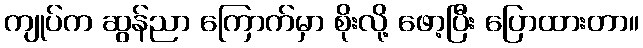
ကျုပ်က ဆွန်ညာ ကြောက်မှာ စိုးလို့ ဖော့ပြီး ပြောထားတာ။